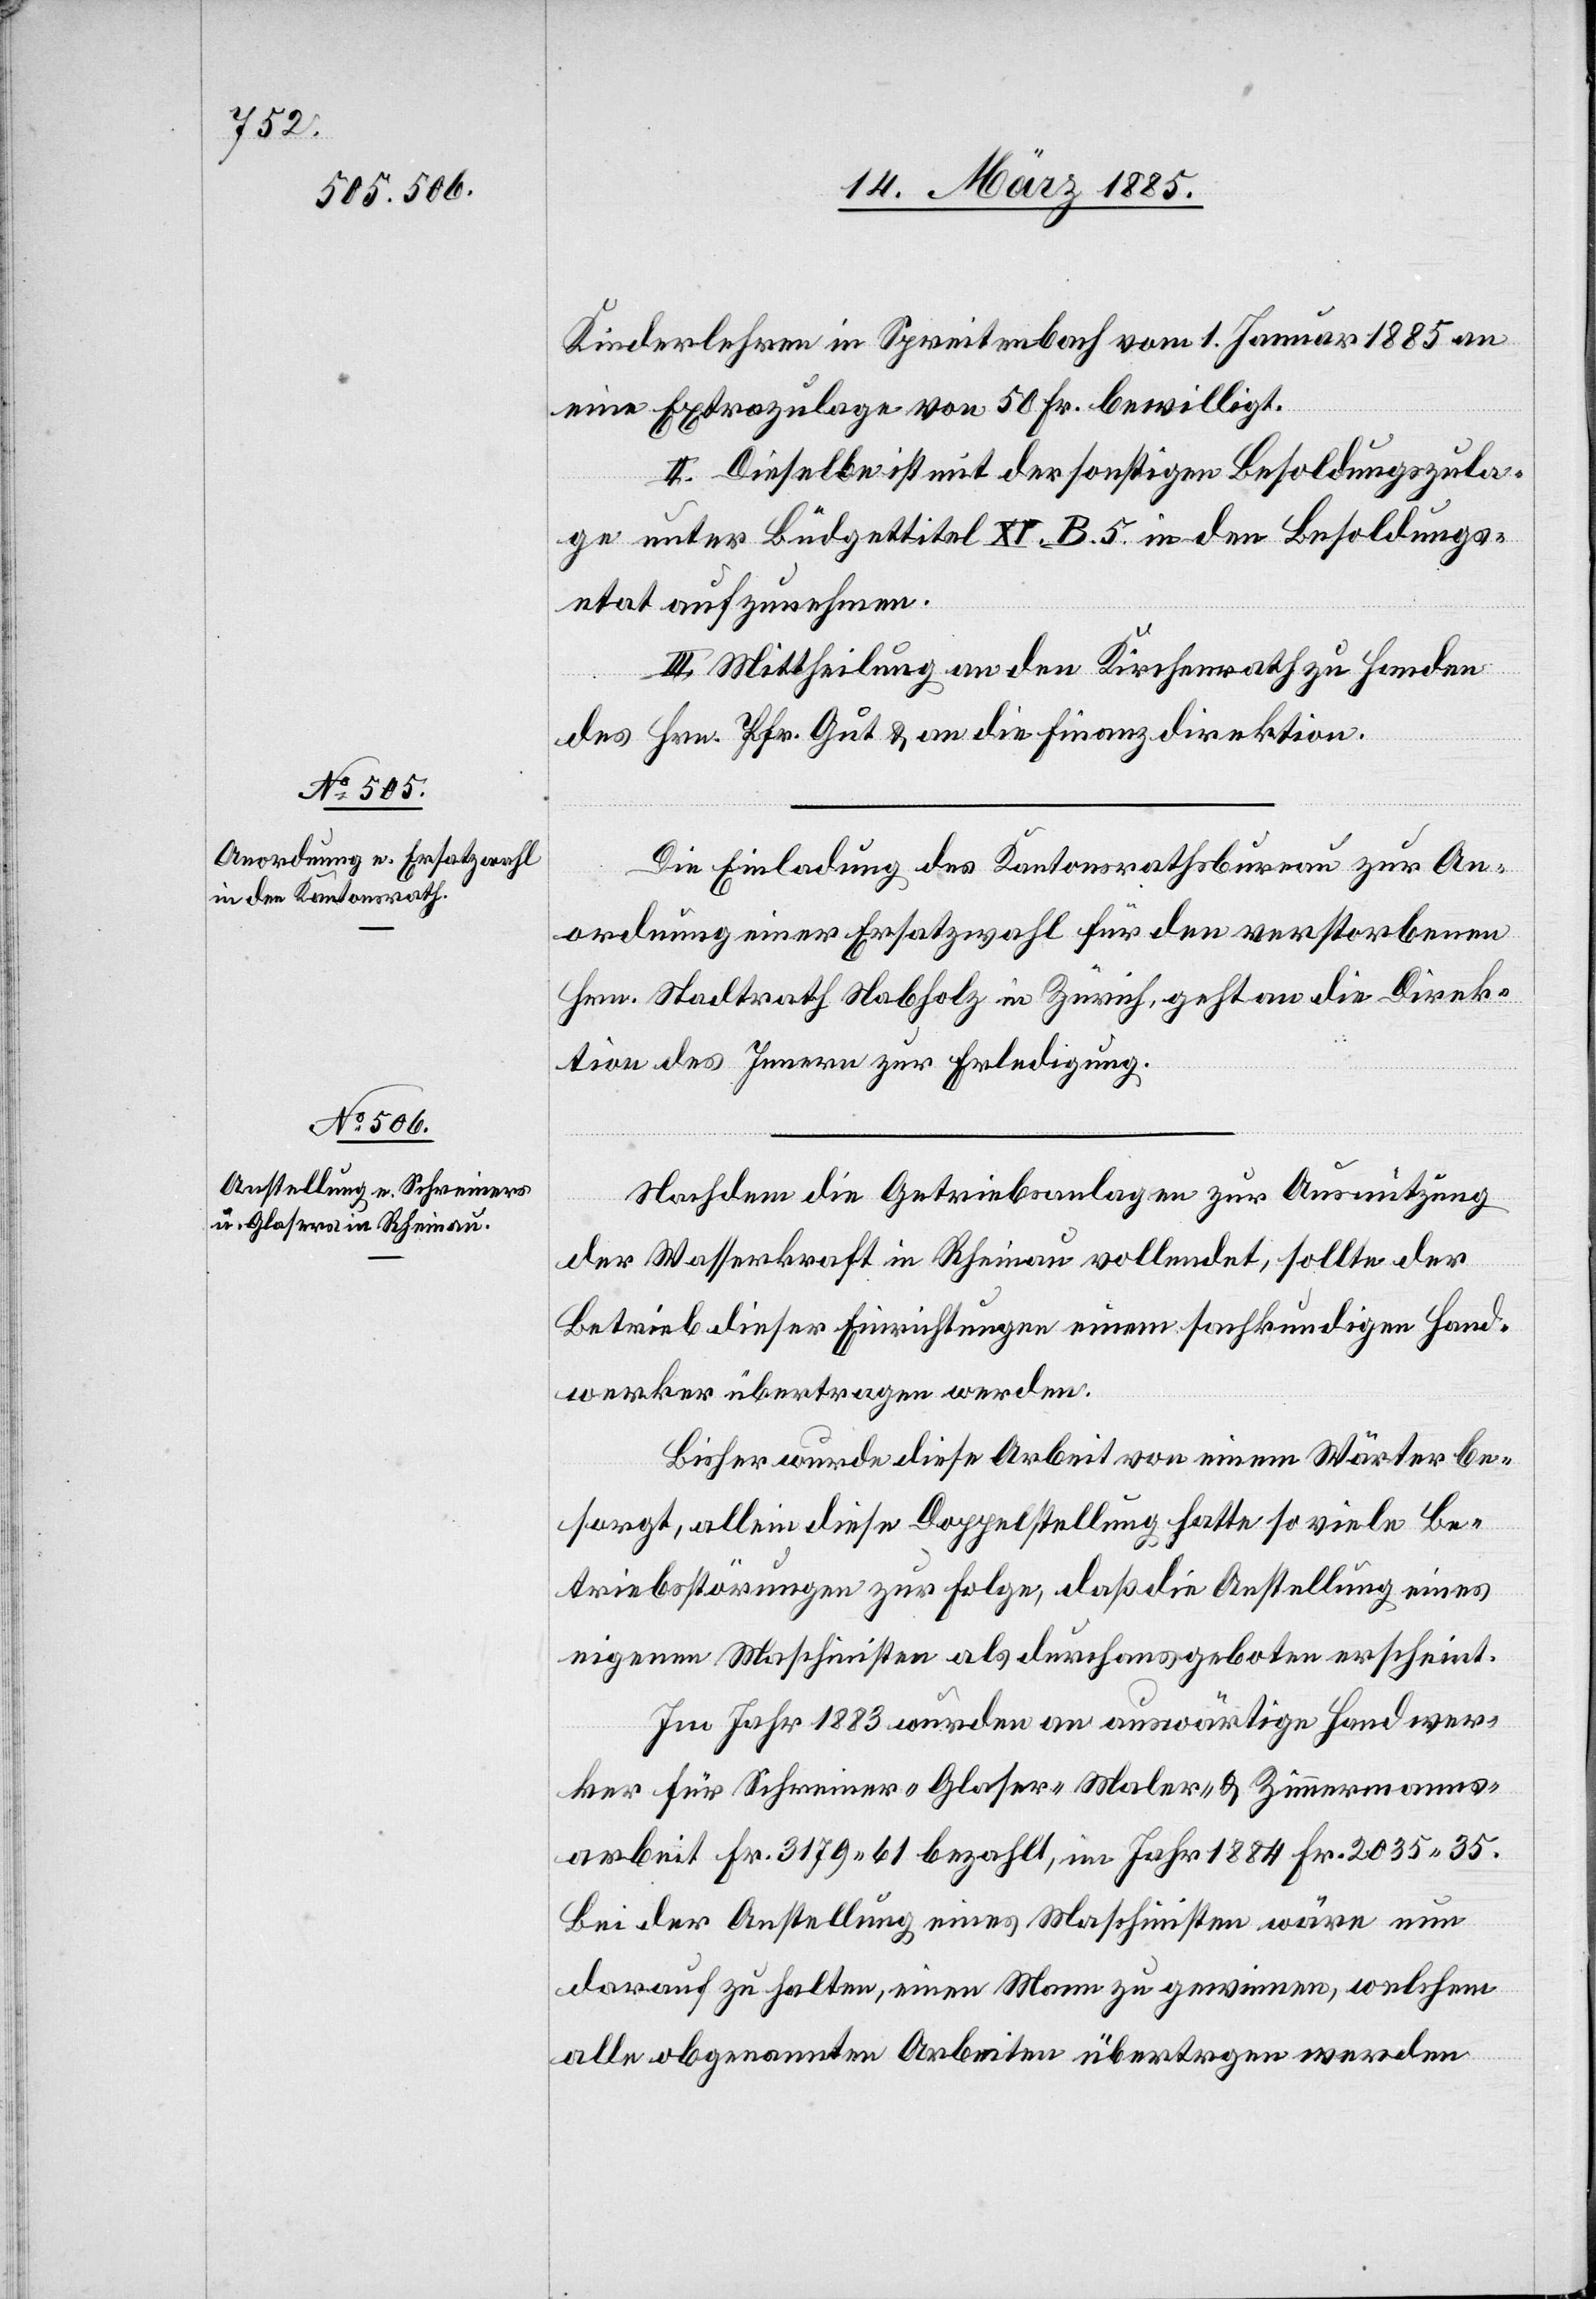
Kinderlehren in Spreitenbach vom 1. Januar 1885 an
eine Extrazulage von 50 Fr. bewilligt.
II. Dieselbe ist mit der sonstigen Besoldungszula¬
ge unter Büdgettitel XI B. 5. in den Besoldungs¬
etat aufzunehmen.
III. Mittheilung an den Kirchenrath zu Handen
des Hrn. Pfr. Gut & an die Finanzdirektion.
Die Einladung des Kantonsrathsbureau zur An¬
ordnung einer Ersatzwahl für den verstorbenen
Hrn. Stadtrath Nabholz in Zürich, geht an die Direk¬
tion des Innern zur Erledigung.
Nachdem die Getriebsanlagen zur Ausnutzung
der Wasserkraft in Rheinau vollendet, sollte der
Betrieb dieser Einrichtung einen sachkundigen Hand¬
werker übertragen werden.
Bisher wurde diese Arbeit von einem Wärter be¬
sorgt, allein diese Doppelstellung hatte so viele Be¬
triebsstörungen zur Folge, daß die Anstellung eines
eigenen Maschinisten als durchaus geboten erscheint.
Im Jahr 1883 wurden an auswärtige Handwer¬
ker für Schreiner-[,] Glaser-[,] Maler- & Zimmermanns¬
arbeit Fr. 3179 61 bezahlt, im Jahr 1884 Fr. 2035 35.
Bei der Anstellung eines Maschinisten wäre nun
darauf zu halten, einen Mann zu gewinnen, welchem
alle obgenannten Arbeiten übertragen werden